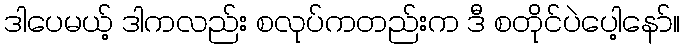
ဒါပေမယ့် ဒါကလည်း စလုပ်ကတည်းက ဒီ စတိုင်ပဲပေါ့နော်။